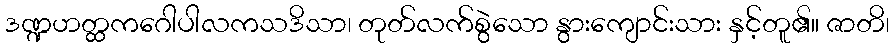
ဒဏ္ဍဟတ္ထကဂေါပါလကသဒိသာ၊ တုတ်လက်စွဲသော နွားကျောင်းသား နှင့်တူ၏။ ဇာတိ၊